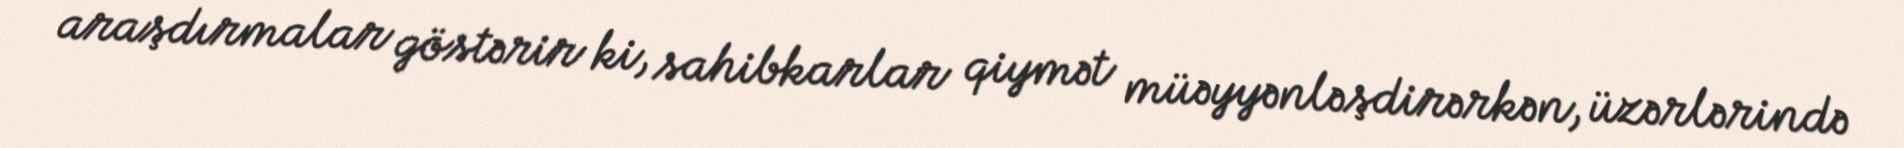
araşdırmalar göstərir ki, sahibkarlar qiymət müəyyənləşdirərkən, üzərlərində